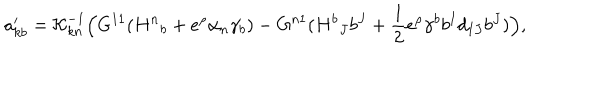
a _ { k b } ^ { \prime } = { \cal K } _ { k n } ^ { - 1 } \Bigl ( G ^ { 1 1 } ( { H ^ { n } } _ { b } + e ^ { \rho } \alpha _ { n } \gamma _ { b } ) - G ^ { n 1 } ( { H ^ { b } } _ { J } b ^ { J } + { \frac { 1 } { 2 } } e ^ { \rho } \gamma ^ { b } b ^ { I } d _ { I J } b ^ { J } ) \Bigr ) ,